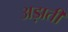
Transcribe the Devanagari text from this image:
अड़ाती